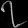
Digit: ၇